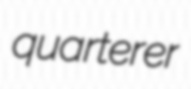
quarterer